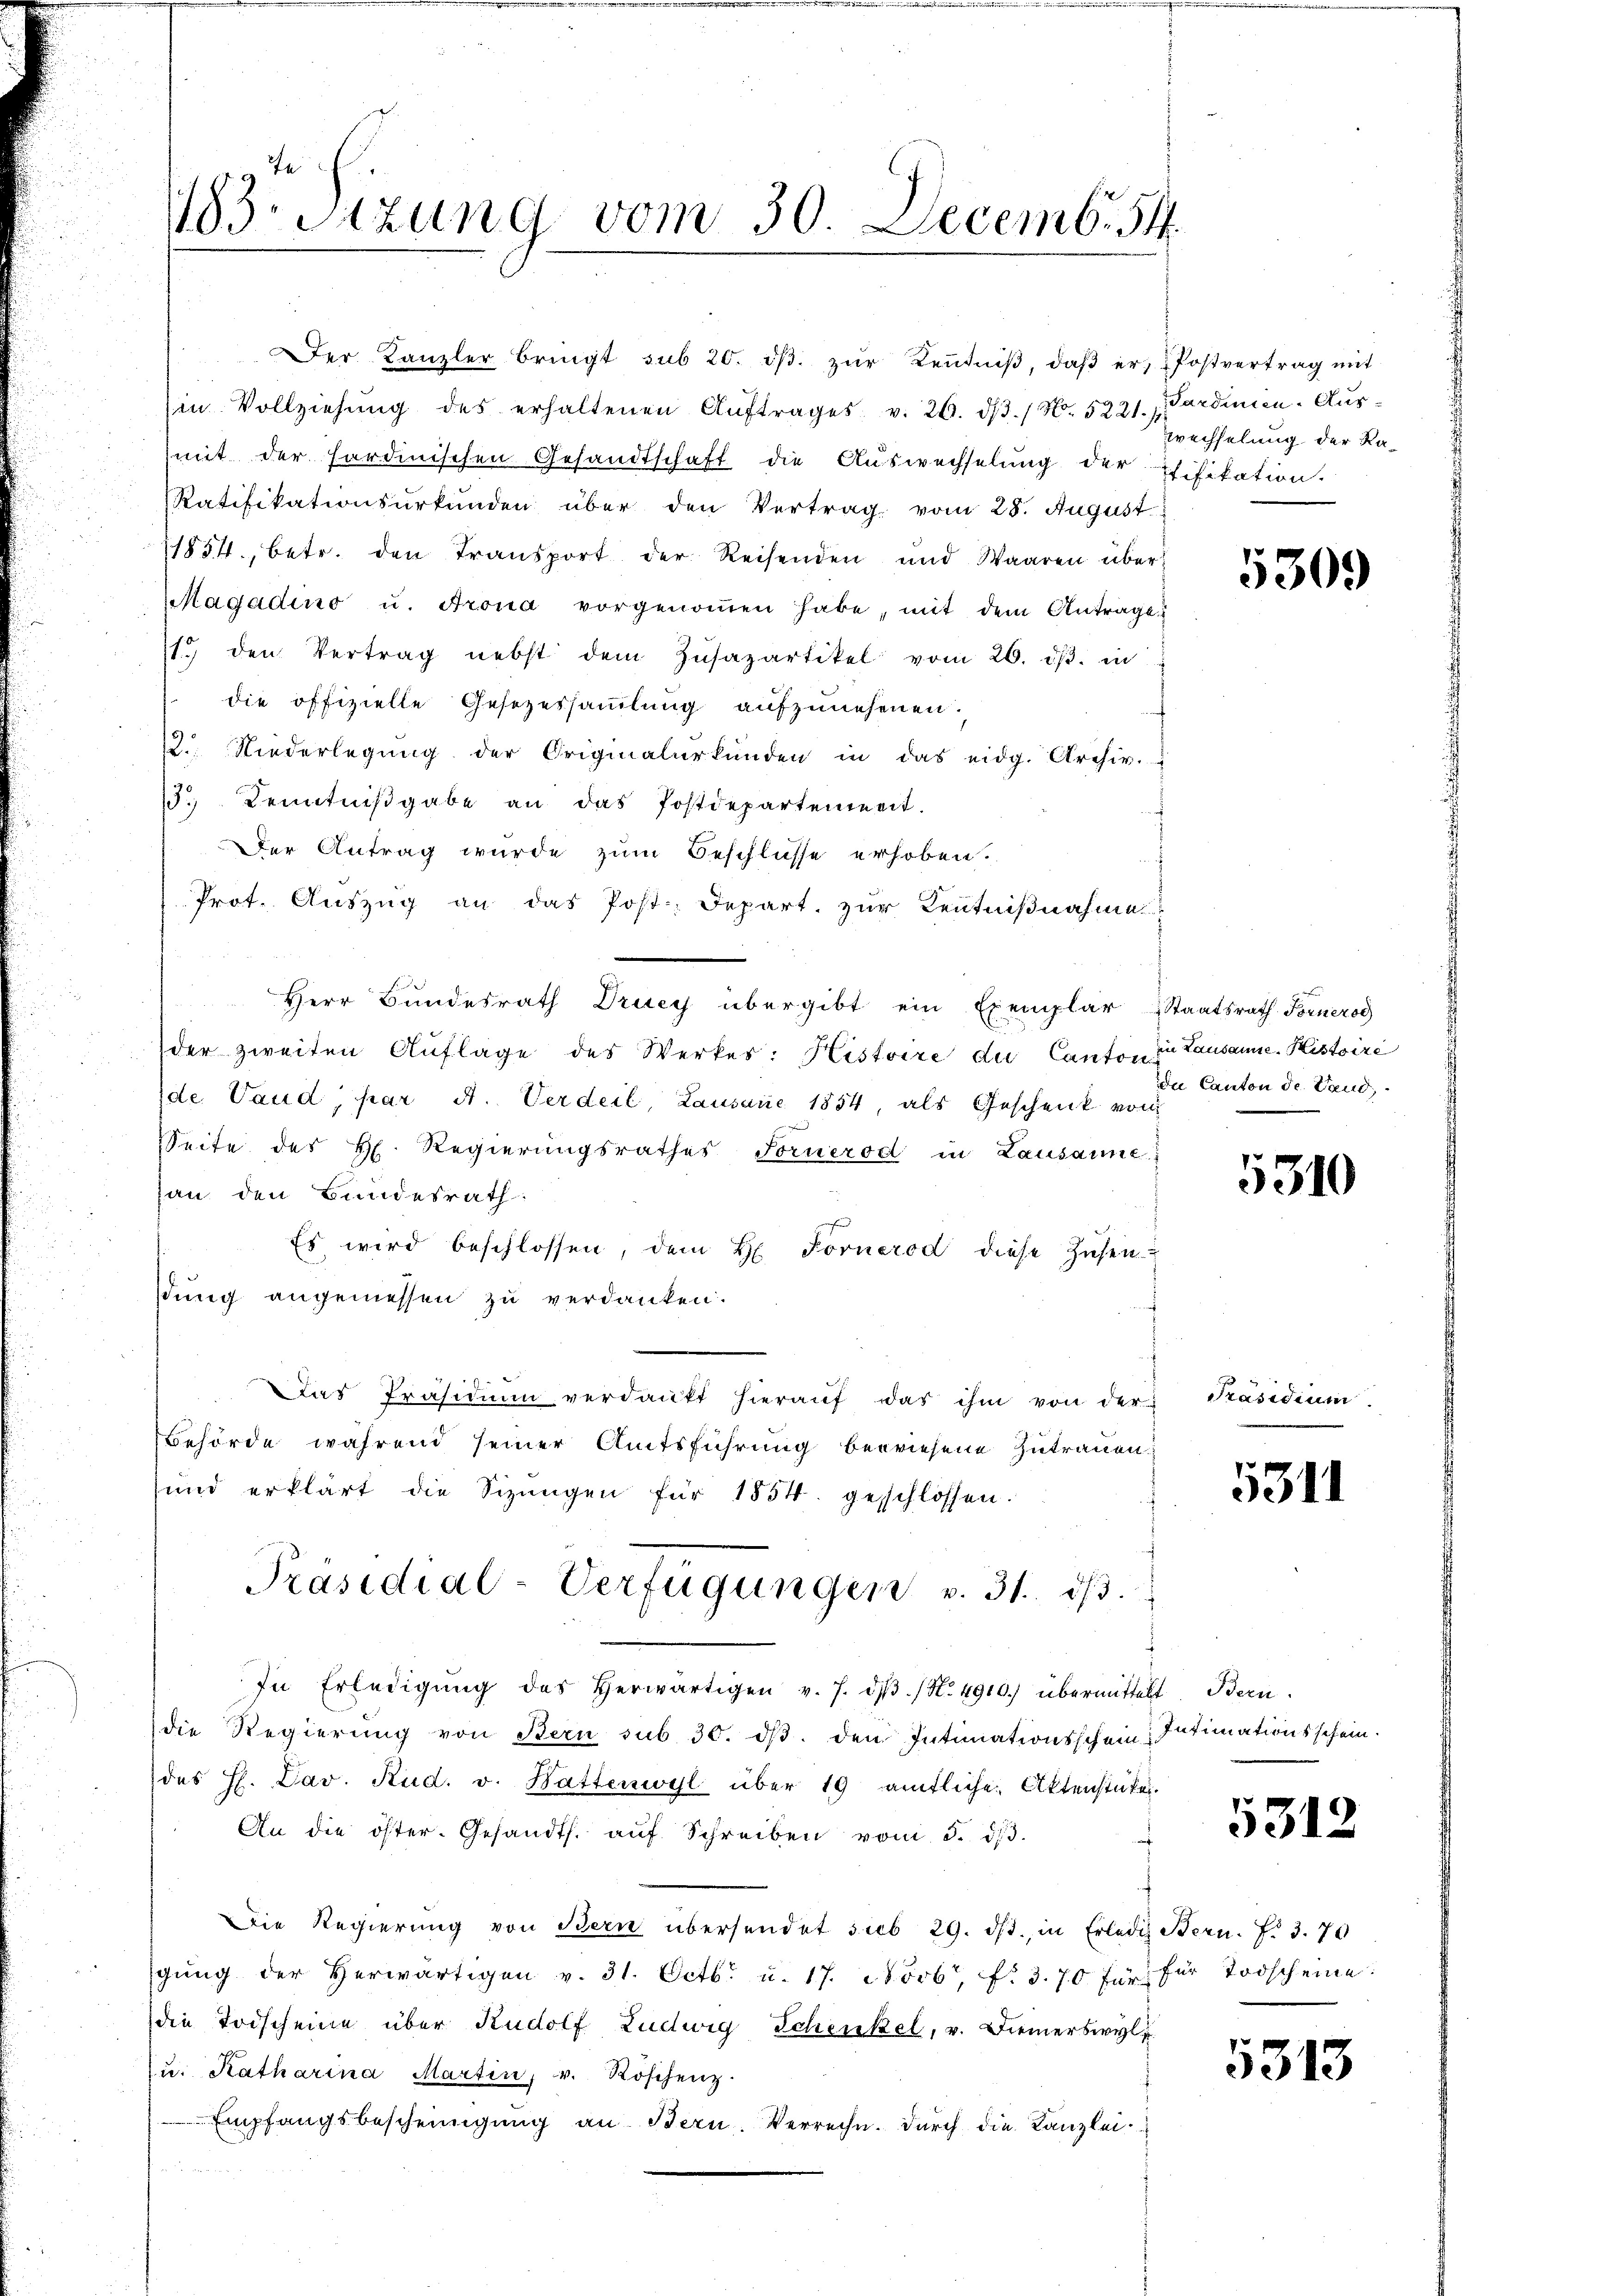
183. Sitzung vom 30. Decemb. 84.

Der Kanzler bringt sub 20. dβ zŭr Keṅtniβ, daβ er, Postvertrag mit
in Vollziehŭng des erhaltenen Aŭftrages v. 26. dβ. / No. 5221. Sardinien-Ausmit der fordinischen Gesandtschaft die Auswechselung der Eifikation.
Ratifikationsurkunden über den Vertrag vom 28. August
11854, betr. den Transport der Reisenden und Waaren über¬
Magadino u. Krona vorgenoṁen habe, mit dem Antrage
1 den Vertrag nebst dem Zŭsazartikel vom 26. dβ. in
die offizielle Gesezessammlung aufzunehmen,
2. Niederlegŭng der Originalurkunden in das eidg. Archiv.
3. Kenntniβgabe an das Postdepartement.
Der Antrag wurde zum Beschlüsse erhoben.
Prot. Auszug an das Post Depart zur Kenntnißnahme
Herr Bundesrath Drucy übergibt ein Exemplar Staatsrath Fornerod
der zweiten Auflage des Werkes: Histoire der Canton der Lausanne-Histoire
de Vaud, par A. Verdeil, Lausane 1854, als Geschenk von
Seite des H. Regierungsrathes Formerod in Lausanne
hau den Bundesrath:
Es wird beschlossen, dem H. Fornerod diese Zusen-
stung angemessen zu verdanken.
Das Präsidium verdankt hieraŭf das ihm von der
Behörde während seiner Amtsführung bewiesene Zutrauen
und erklärt die Sizŭngen für 1854. geschlossen.
Präsidial-Verfügungen v. 31. dβ.
In Erledigŭng des herwärtigen v. 7. dβ. / No. 4910.) übermittelt Bern.
die Regierung von Bern sub 30. dβ. den Intimationsschein Intimationsschein.
des H. Dav. Rud. v. Hattenwyl über 19 amtliche Aktenstücke.
An die öster. Gesandts. aŭf Schreiben vom 5. d. 3.
Die Regierŭng von Bern übersendet sub 29. ds. in Erledig Stern. F. 3.70
gŭng der herwärtigen v. 31. Octb. u. 17. Novbr. f. 3.70 für für Todscheine:
die Todscheine über Rudolf Ludwig Schenkel, v. Diemerswyl
u. Katharina Martin, v. Röschenz.
Empfangsbescheinigung an Bern. Verrechn. Durch die Kanzlei¬
5

wechselung der Ra¬

5309

die Canton de Land,

5310

Präsidium.

5311

5312

5313